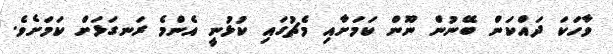
ވާހަކަ ދައްކަން ބޭނުން ނޫން ކަމަށާއި މެޗުގައި ކުޅުނީ އެންމެ ރަނގަޅަށް ކަމަށެވެ.